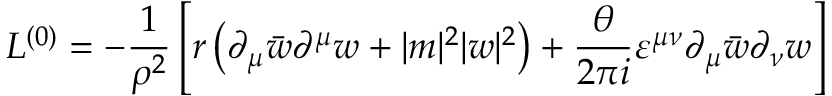
{ \cal L } ^ { ( 0 ) } = - \frac { 1 } { \rho ^ { 2 } } \left[ r \left( \partial _ { \mu } \bar { w } \partial ^ { \mu } w + | m | ^ { 2 } | w | ^ { 2 } \right) + \frac { \theta } { 2 \pi i } \varepsilon ^ { \mu \nu } \partial _ { \mu } \bar { w } \partial _ { \nu } w \right]